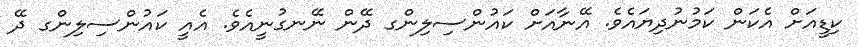
ކިޑީއަށް އެކަން ކަމުނުދިޔައެވެ. އޭނާއަށް ކައުންސިލިންގ ދޭން ނޭނގުނީއެވެ. އެއީ ކައުންސިލިންގ ދޭ